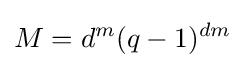
M=d^{m}(q-1)^{dm}